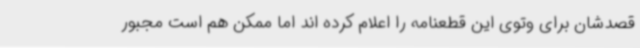
قصدشان برای وتوی این قطعنامه را اعلام کرده اند اما ممکن هم است مجبور